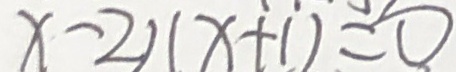
x - 2 ) ( x + 1 ) = 0